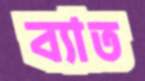
ব্যাত